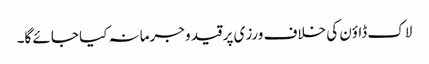
لاک ڈاؤن کی خلاف ورزی پر قید وجرمانہ کیا جائے گا۔